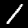
Label: 1